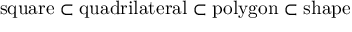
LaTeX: { \mathrm { s q u a r e } } \subset { \mathrm { q u a d r i l a t e r a l } } \subset { \mathrm { p o l y g o n } } \subset { \mathrm { s h a p e } }